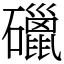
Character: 䃳